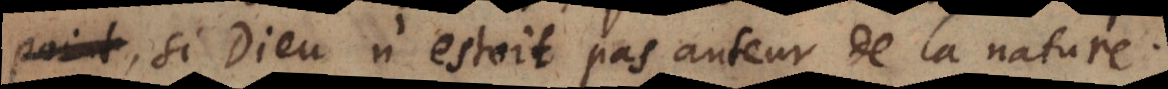
, si Dieu n’estoit pas auteur de la nature.